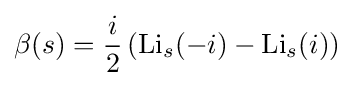
\beta (s)={\frac {i}{2}}\left({\text{Li}}_{s}(-i)-{\text{Li}}_{s}(i)\right)